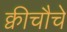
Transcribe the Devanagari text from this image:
क्वीचौचे